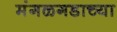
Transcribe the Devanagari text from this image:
मंगळगडाच्या